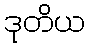
ဒုတိယ